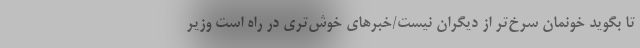
تا بگوید خونمان سرخ‌تر از دیگران نیست/خبرهای خوش‌تری در راه است وزیر